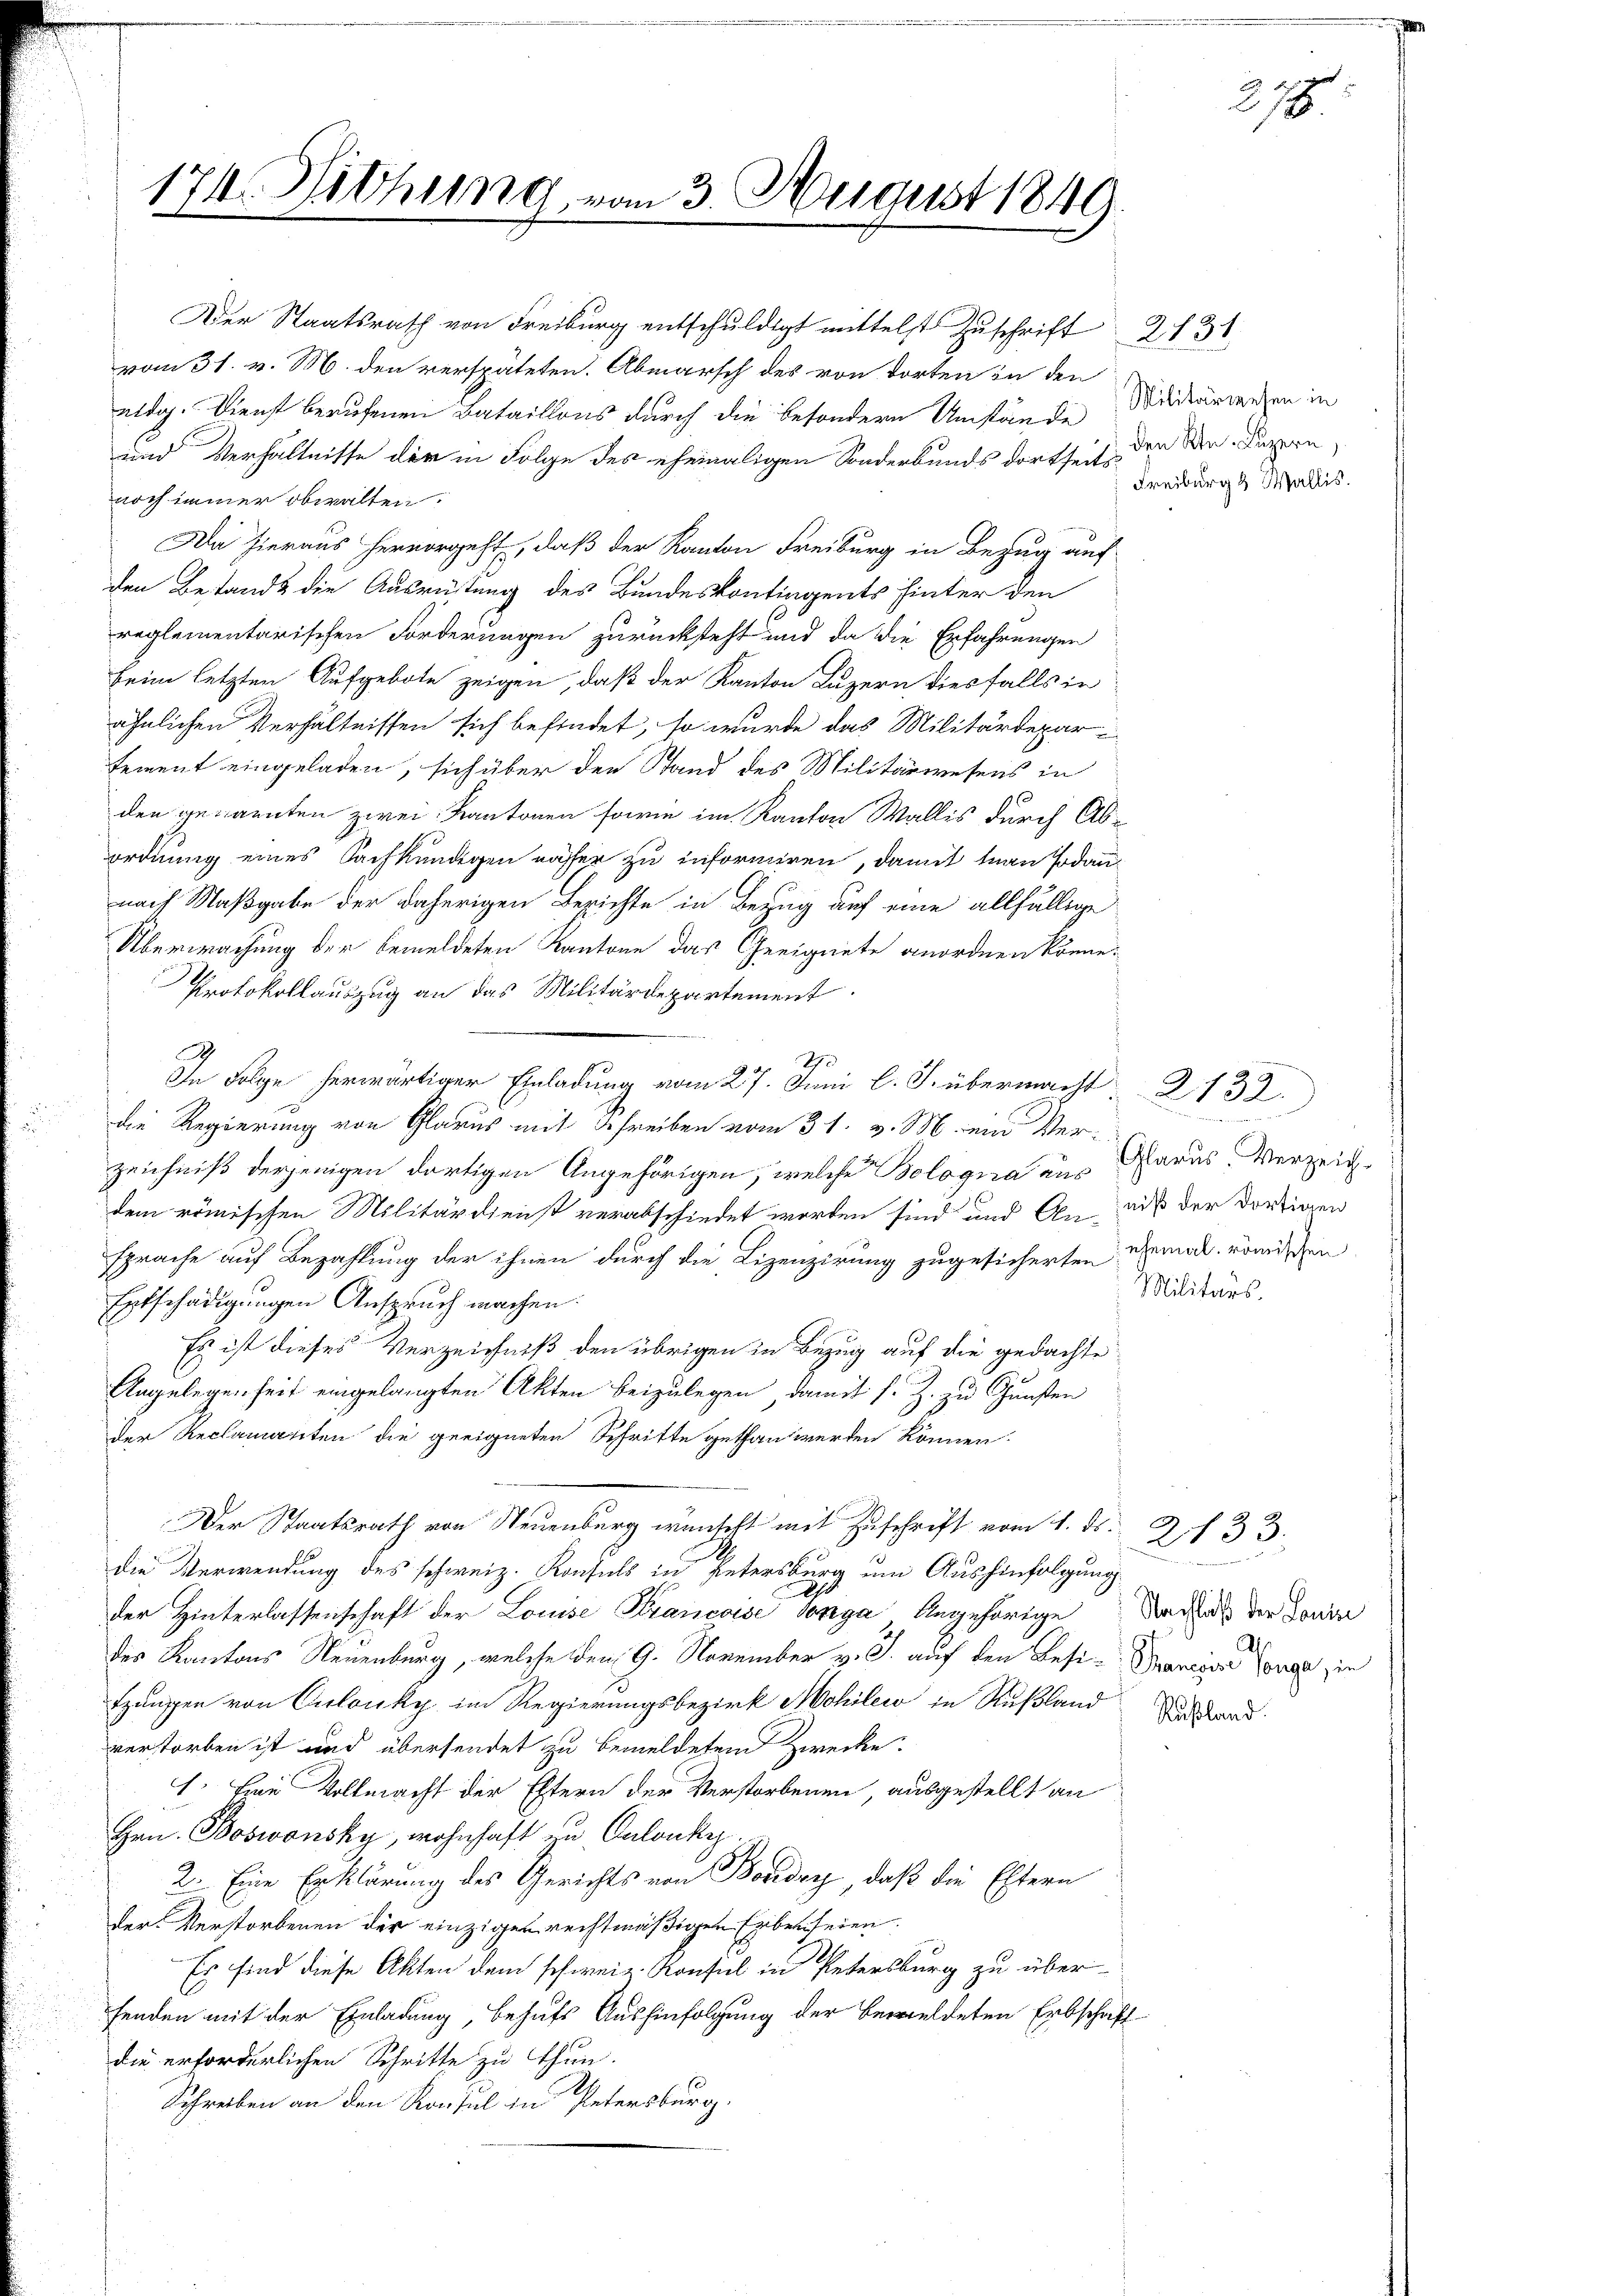
174. Nichung, vom 3. August 1840
t
.

vom 31. v. M. den verspäteten. Abmarsch des von dorten in den
eidg. Dienst berufenen Bataillons durch die besondern Umstände Mildwarenten in
und Verhältnisse der in Folge des ehemaligen Sonderbunds dortseit den Mn. Luzern
noch immer obwalten.
Da hieraus hervorgeht, daß der Kanton Freiburg in Bezug auf
den Bestands die Ausrüstung des Bundeskontingents hinter den
reglementarischen Forderungen zurücksteht und da die Erfahrungen
beim letzten Aufgebote zeigen, daß der Kanton Luzern diesfalls in
ähnlichen Verhältnissen sich befindet, so wurde das Militärdeparsement eingeladen, sich über den Stand des Militärwesens in
den genannten zwei Kantonen sowie im Kanton Wallis durch Abordnung eines Sachkundigen nasser zu informiren, damit man sodannach Maßgabe der daherigen Berichte in Bezug auf eine allfällige
Überwachung der bemeldeten Kantone das Geeignete anordnen könne.
Protokollauszug an das Militärdepartement
A
I
In Folge herwärtiger Einladung vom 27. Juni l. J. übermacht
die Regierung von Glarus mit Schreiben vom 31. v. M. ein Ver-
zeichniß derjenigen dortigen Angehörigen, welche Bologna aus
dem römischen Militärdienst verabschiedet worden sind und An-
sprache auf Bezahlung der ihnen durch die Lizenzirung zugesicherten Ehemal römischen
Entschädigungen Anspruch machen.
Es ist dieses Verzeichniß den übrigen in Bezug auf die gedachte
Angelegenheit eingelangten Akten beizulegen, damit s. Z. zu Gunsten
der Reclamanten die geeigneten Schritte gethan werden können.
Der Staatsrath von Neuenburg wünscht mit Zuschrift vom 1. ds.
die Verwendung des schweiz. Konsuls in Petersburg um Aushinfolgung
.
der Hinterlassenschaft der Louise Krancoise longa Angehörige
des Kantons Neuenburg, welche den 9. November v. J. auf den Besi-Maneger Conce in
tzungen von Cirlouky im Regierungsbezirk Mohilew in Rußland
verstorben ist und übersendet zu bemeldetem Zwecke.
1. Eine Vollmacht der Eltern der Verstorbenen, ausgestellt an
Hrn. Boswonsky, wohnhaft zu Salonke
2. Eine Erklärung des Gerichts von Boudry, daß die Eltern
der Verstorbenen der einzigen rechtmäßigen Erben seien.
Es sind diese Akten dem schweiz. Konsul in Petersburg zu über-
fenden mit der Einladung, behufs Aushinfolgung der bemeldeten Erbschaft
die erforderlichen Schritte zu thun.
Schreiben an den Konsul in Petersburg.

Der Staatsrath von Freiburg entschuldigt mittelst Zuschrift

Freiburg & Wallis.

be

2131

n
Glarus Verzeich-
niß der dortinen
Militärs.

2132.

Nachlaß der Louise
Rußland.

233.

278